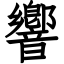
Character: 響